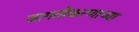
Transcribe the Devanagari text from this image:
जागतीकरणाच्या